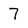
Character: 7